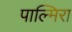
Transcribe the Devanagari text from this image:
पाल्मिरा